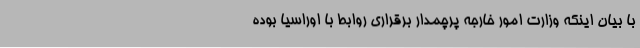
با بیان اینکه وزارت امور خارجه پرچمدار برقراری روابط با اوراسیا بوده